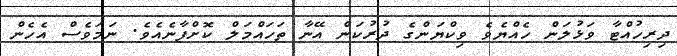
ދިރިހުއްޓާ ވަޅުލަން ހެއްޔެވެ ވިކްޔަންގެ ދުރުކަން އޭނާ ތަހައްމަލް ކޮށްފާނެއެވެ. ނަމަވެސް އެހެން